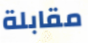
مقابلة